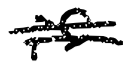
Text: is
Cross-out: mix
Writing tool: digital_black